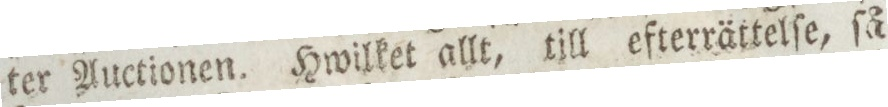
ter Auctionen. Hwilket allt, till efterrättelſe, ſå